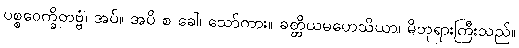
ပစ္စဝေက္ခိတဗ္ဗံ၊ အပ်။ အပိ စ ခေါ၊ သော်ကား။ ခတ္တိယမဟေသိယာ၊ မိဘုရားကြီးသည်။